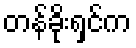
တန်ခိုးရှင်က